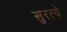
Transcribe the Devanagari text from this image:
सुरत्ये